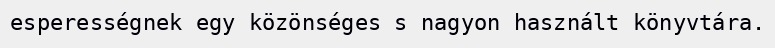
esperességnek egy közönséges s nagyon használt könyvtára.